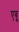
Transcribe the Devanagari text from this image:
एबू